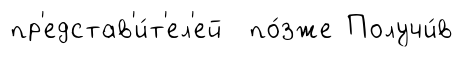
пр'едстав'и́т'ел'ей по́зже Получи́в